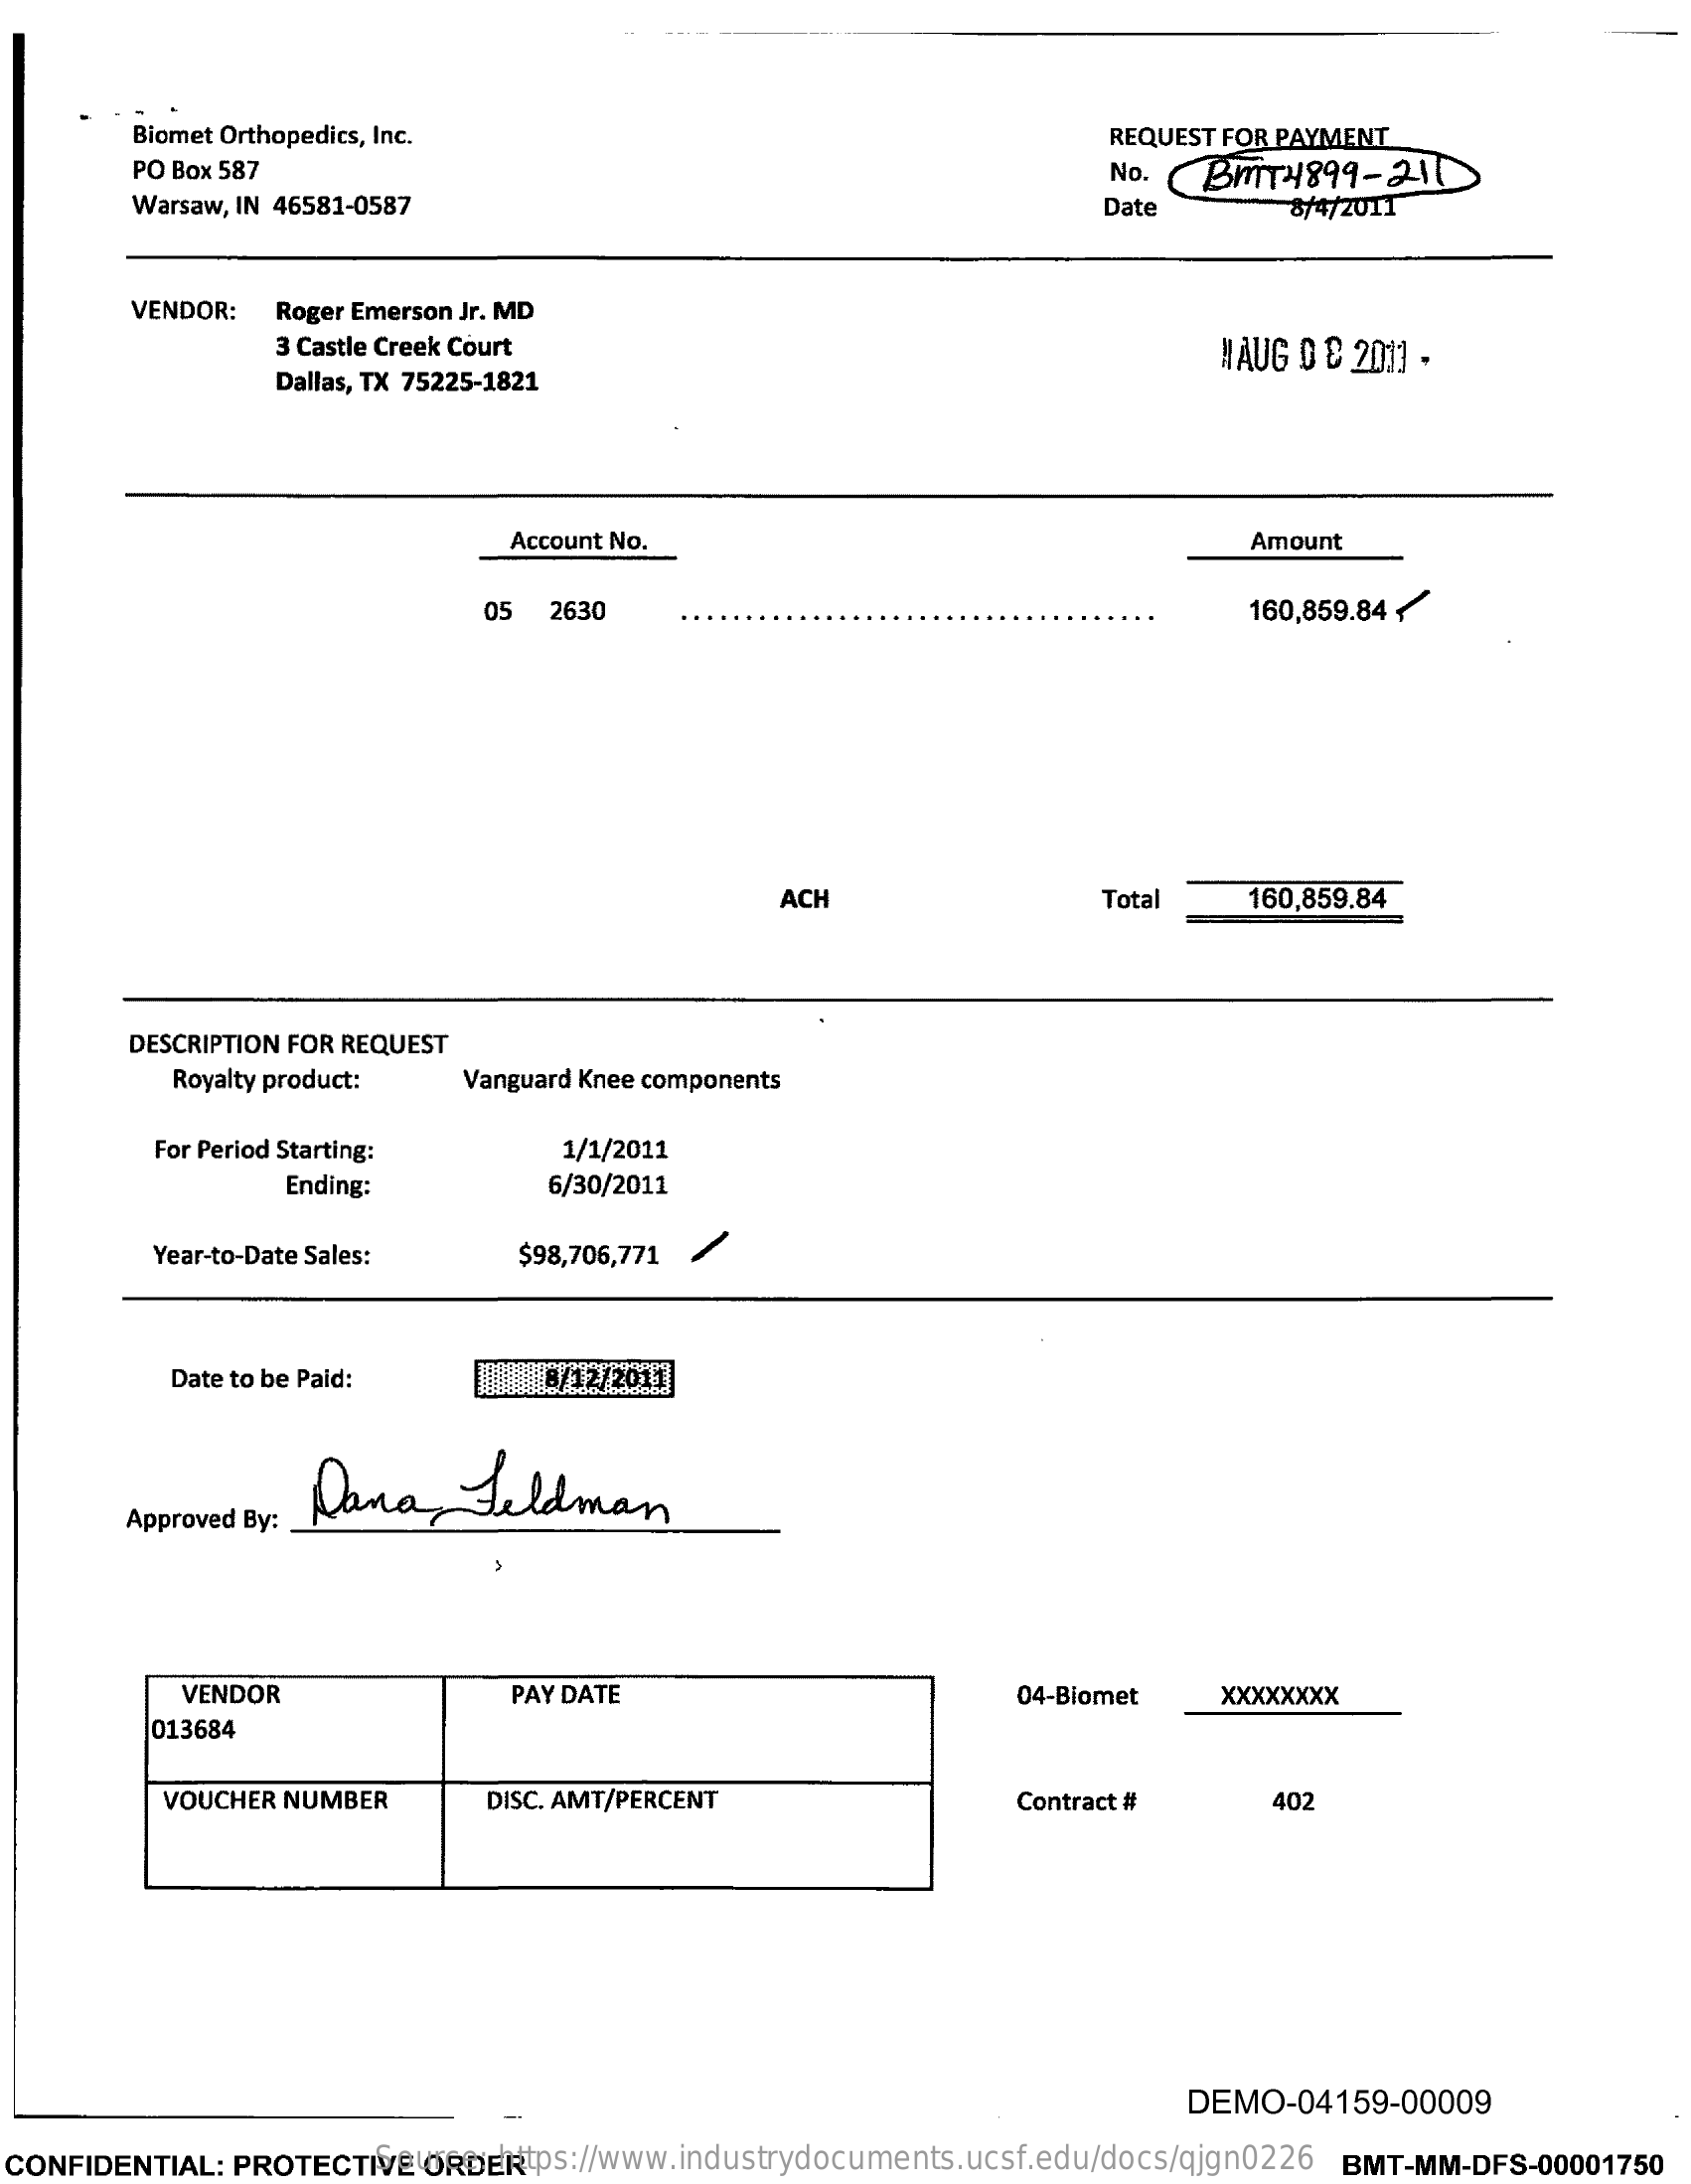
Biomet Orthopedics, Inc.    REQUEST FOR PAYMENT
     PO Box 587    No.   BMT4899-210
     Warsaw, IN 46581-0587    Date    8/4/2011
     VENDOR:  Roger Emerson Jr. MD
     3 Castle Creek Court
     Dallas, TX 75225-1821
     HAUG O & 2011 -
     Account No.    Amount
     05  2630    160,859.84 {
     ACH    Total    160,859.84
     DESCRIPTION FOR REQUEST
     Royalty product:   Vanguard Knee components
     For Period Starting:    1/1/2011
     Ending:    6/30/2011
     Year-to-Date Sales:    $98,706,771 /
     Date to be Paid:    8/12/2011
     Dana,    Feldman
     Approved By:
     VENDOR    PAY DATE    04-Biomet    xxxxXXXX
     013684
     VOUCHER NUMBER    DISC. AMT/PERCENT    Contract #    402
     DEMO-04159-00009
  CONFIDENTIAL: PROTECTIVE ORDER Source: https://www.industrydocuments.ucsf.edu/docs/qjgn0226 BMT-MM-DFS-00001750